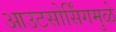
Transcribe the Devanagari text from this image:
आउटसोर्सिंगमुळे